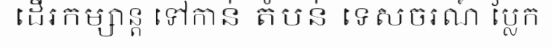
ដើរកម្សាន្ត ទៅកាន់ តំបន់ ទេសចរណ៍ ប្លែក